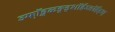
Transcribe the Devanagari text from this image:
ञ्फॉ़ड़्ळ्ङ़्ड्शॉईञ्ङॉईड्श्